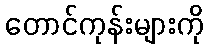
တောင်ကုန်းများကို